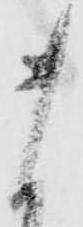
ま